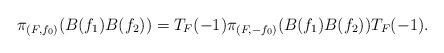
LaTeX: \begin{align*}\pi_{(F,f_0)}(B(f_1)B(f_2))=T_F(-1)\pi_{(F,-f_0)}(B(f_1)B(f_2))T_F(-1).\end{align*}